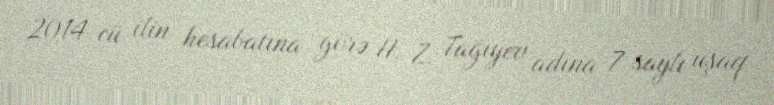
2014-cü ilin hesabatına görə H. Z. Tağıyev adına 7 saylı uşaq